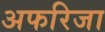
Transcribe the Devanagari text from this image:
अफरिजा